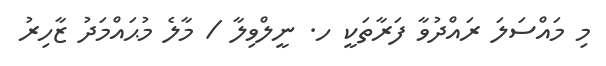
މި މައްސަލަ ރައްދުވާ ފަރާތަކީ ހ. ނީލްވިލާ / މާލެ މުޙައްމަދު ޒާހިރު